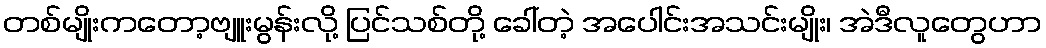
တစ်မျိုးကတော့ဗျူးမွန်းလို့ ပြင်သစ်တို့ ခေါ်တဲ့ အပေါင်းအသင်းမျိုး၊ အဲဒီလူတွေဟာ